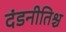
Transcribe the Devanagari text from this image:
दंडनीतिश्च